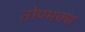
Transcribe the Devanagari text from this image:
तोपमक्स